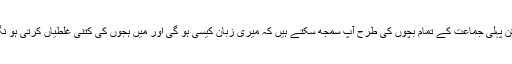
لیکن پہلی جماعت کے تمام بچوں کی طرح آپ سمجھ سکتے ہیں کہ میری زبان کیسی ہو گی اور میں ہجوں کی کتنی غلطیاں کرتی ہو نگی۔